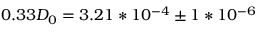
0 . 3 3 D _ { 0 } = 3 . 2 1 * 1 0 ^ { - 4 } \pm 1 * 1 0 ^ { - 6 }